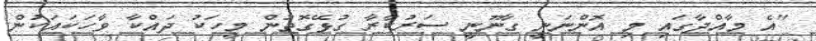
"އެ މާއްދާގައި މި އޮންނަނީ ގާނޫނީ ސަރުކާރާ ގުޅޭގޮތުން މީހަކު ދައްކާ ވާހަކައަކުން